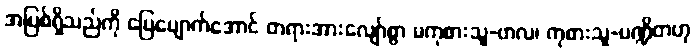
အပြစ်ရှိသည်ကို ပြေပျောက်အောင် တရားအားလျော်စွာ မကုစားသူ-ဗာလ၊ ကုစားသူ-ပဏ္ဍိတဟု